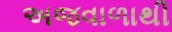
અજવાળાથી